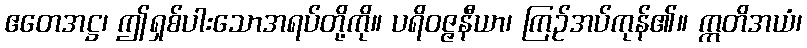
ဧတေအဋ္ဌ၊ ဤရှစ်ပါးသောအရပ်တို့ကို။ ပရိဝဇ္ဇနီယာ၊ ကြဉ်အပ်ကုန်၏။ ဣတိအယံ၊